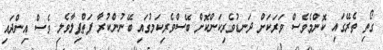
ގޯތި ތެރޭގައި ކޮންމެވެސް ވަރަކަށް ދަނޑުވެރިކަންކޮށް ބޭސްވެރިކަމުގައި ބޭނުންކުރާ ފަތްޕިލާވެލި ވެސް އިންދައި